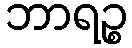
ဘာရဉ္စ